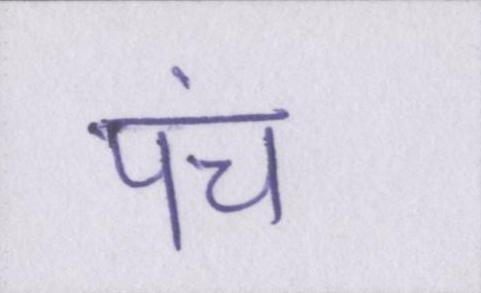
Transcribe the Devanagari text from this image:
पंच